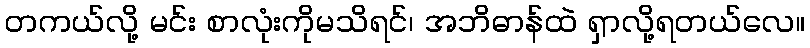
တကယ်လို့ မင်း စာလုံးကိုမသိရင်၊ အဘိဓာန်ထဲ ရှာလို့ရတယ်လေ။